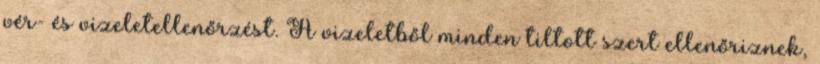
vér- és vizeletellenőrzést. A vizeletből minden tiltott szert ellenőriznek,